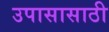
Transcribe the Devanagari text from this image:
उपासासाठी